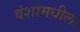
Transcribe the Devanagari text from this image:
वंशामधील